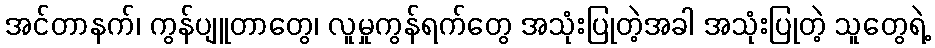
အင်တာနက်၊ ကွန်ပျူတာတွေ၊ လူမှုကွန်ရက်တွေ အသုံးပြုတဲ့အခါ အသုံးပြုတဲ့ သူတွေရဲ့